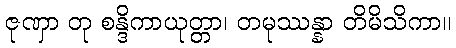
ဇုဏှာ တု စန္ဒိကာယုတ္တာ၊ တမုဿန္နာ တိမိသိကာ။